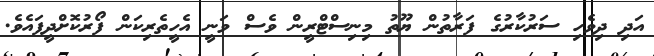
އަދި ދިވެހި ސަރުކާރުގެ ފަރާތުން ޔޫތު މިނިސްޓްރީން ވެސް ވަނީ އެހީތެރިކަން ފޯރުކޮށްދީފައެވެ.